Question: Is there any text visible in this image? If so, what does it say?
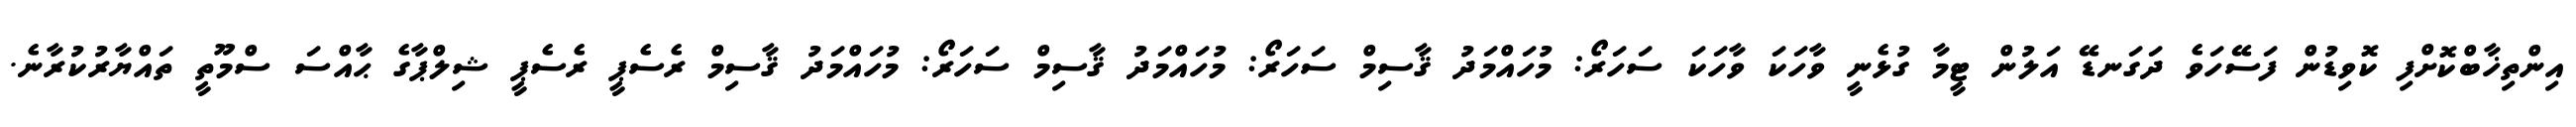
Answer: އިންތިޚާބްކޮށްފި ކޮވިޑުން ފަސޭހަވެ ދަގަނޑޭ އަލުން ޓީމާ ގުޅެނީ ވާހަކަ ވާހަކަ ސަހަރޯ: މުހައްމަދު ޤާސިމް ސަހަރޯ: މުހައްމަދު ޤާސިމް ސަހަރޯ: މުހައްމަދު ޤާސިމް ރެސެޕީ ރެސެޕީ ޝިލްޕާގެ ޙާއްސަ ސްމޫތީ ތައްޔާރުކުރާނެ.